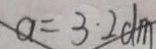
a = 3 . 2 d m